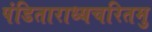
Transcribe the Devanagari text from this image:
पंडिताराध्यचरितमु